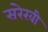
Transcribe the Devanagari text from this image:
संरेखी